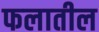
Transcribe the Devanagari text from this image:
फलातील